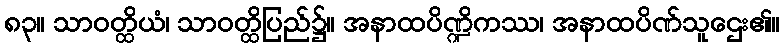
၈၃။ သာဝတ္ထိယံ၊ သာဝတ္ထိပြည်၌။ အနာထပိဏ္ဍိကဿ၊ အနာထပိဏ်သူဌေး၏။